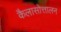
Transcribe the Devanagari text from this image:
कैलासोत्तालन